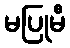
မပြုမီ